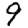
Digit: 9